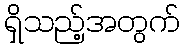
ရှိသည့်အတွက်